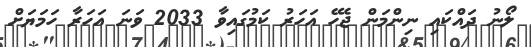
ލޯނު ދައްކައި ނިންމަން ޖެހޭ އަހަރު ކަމުގައިވާ 2033 ވަނަ އަހަރާ ހަމަޔަށް